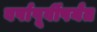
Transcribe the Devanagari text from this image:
वर्षापूर्वीपर्यंत